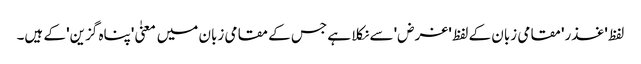
لفظ 'غذر' مقامی زبان کے لفظ 'غرض' سے نکلا ہے جس کے مقامی زبان میں معنیٰ 'پناہ گزین' کے ہیں۔